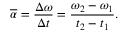
{ \overline { { \alpha } } } = { \frac { \Delta \omega } { \Delta t } } = { \frac { \omega _ { 2 } - \omega _ { 1 } } { t _ { 2 } - t _ { 1 } } } .